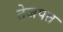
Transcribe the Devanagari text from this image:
तेजपत